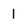
Character: I